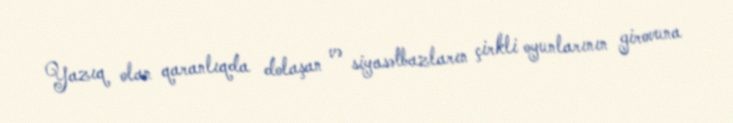
Yazıq olan qaranlıqda dolaşan və siyasətbazların çirkli oyunlarının girovuna